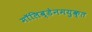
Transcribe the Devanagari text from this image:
मॉलिब्डेनमयुक्त